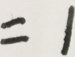
= 1